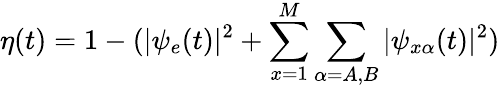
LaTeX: \eta(t)=1-(|\psi_{e}(t)|^{2}+\sum_{\substack{x=1}}^{M}\sum_{\substack{\alpha=A,B}}|\psi_{x\alpha}(t)|^{2})